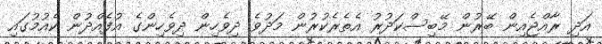
އަދި ރާއްޖެއިން ބޭރުން މޭބިސްކަދުރު އެތެރެކުރުން މަދުވެ ދިވެހިން ދިވެހިންގެ އުފެއްދުން ކެއުމުގައި